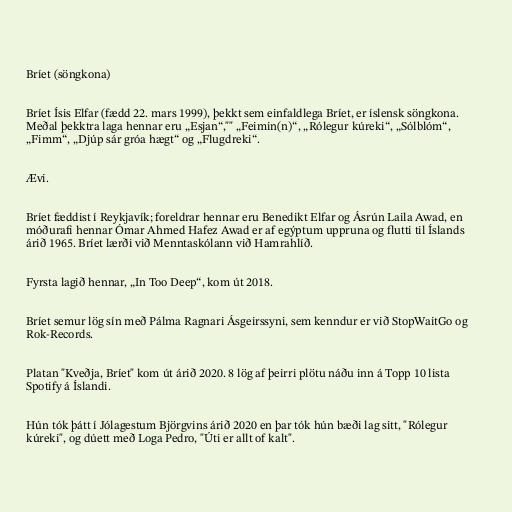
Bríet (söngkona)

Bríet Ísis Elfar (fædd 22. mars 1999), þekkt sem einfaldlega Bríet, er íslensk söngkona.
Meðal þekktra laga hennar eru „Esjan“,"" „Feimin(n)“, „Rólegur kúreki“, „Sólblóm“,
„Fimm“, „Djúp sár gróa hægt“ og „Flugdreki“.

Ævi.

Bríet fæddist í Reykjavík; foreldrar hennar eru Benedikt Elfar og Ás­rún Laila Awad, en
móðurafi hennar Ómar Ahmed Hafez Awad er af egýptum uppruna og flutti til Íslands
árið 1965. Bríet lærði við Menntaskólann við Hamrahlíð.

Fyrsta lagið hennar, „In Too Deep“, kom út 2018.

Bríet semur lög sín með Pálma Ragnari Ásgeirssyni, sem kenndur er við StopWaitGo og
Rok-Records.

Platan "Kveðja, Bríet" kom út árið 2020. 8 lög af þeirri plötu náðu inn á Topp 10 lista
Spotify á Íslandi.

Hún tók þátt í Jólagestum Björgvins árið 2020 en þar tók hún bæði lag sitt, "Rólegur
kúreki", og dúett með Loga Pedro, "Úti er allt of kalt".